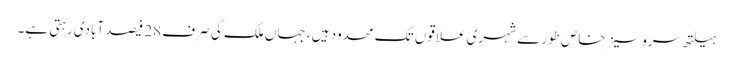
ہیلتھ سروسیز خاص طور سے شہری علاقوں تک محدود ہیں ، جہاں ملک کی صرف 28 فیصد آبادی رہتی ہے۔